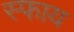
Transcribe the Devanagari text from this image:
स्फाय